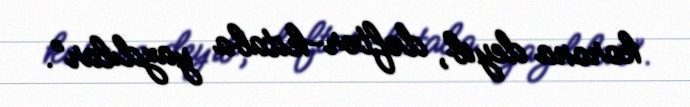
korona deyib, dəftər-kitaba yazdılar”.